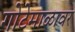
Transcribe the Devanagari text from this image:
गोटेमाळावर